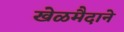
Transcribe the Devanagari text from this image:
खेळमैदाने